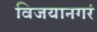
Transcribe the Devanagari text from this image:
विजयानगरं